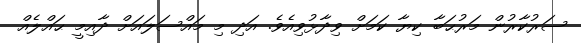
ސަރުކާރުން މަރުޙަބާ ކިޔާ ކަމަށް ވިދާޅުވިއެވެ. އަދި މި މައްސަލައަށް ދާއިމީ ޙައްލެއް